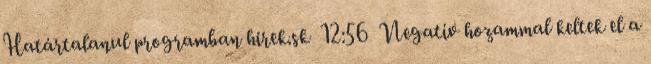
Határtalanul programban hirek.sk 12:56 Negatív hozammal keltek el a